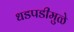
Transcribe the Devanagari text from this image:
धडपडीमुळे